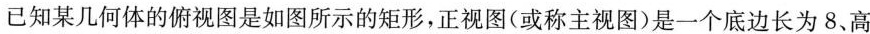
已知某几何体的俯视图是如图所示的矩形，正视图(或称主视图)是一个底边长为8.高